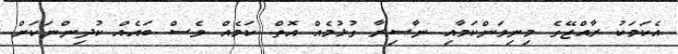
އެކަމަކު ރާއްޖޭގެ މިނިވަންކަމާއި ނާސިރާ ގުޅުމެއް އޮތް ކަމެއް ވެސް ބައެއް ކުދިންނަކަށް